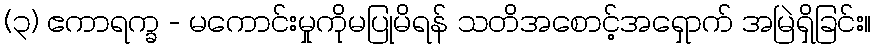
(၃) ဧကာရက္ခ - မကောင်းမှုကိုမပြုမိရန် သတိအစောင့်အရှောက် အမြဲရှိခြင်း။